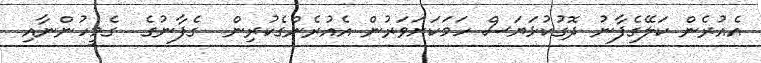
އެއުރެން ކަލޭގެފާނު ދޮގުކުޅަޔަސް ހަމަކަށަވަރުން އެއުރެންގެކުރިން  ގެފާނުގެ  ގެމީހުންނާއި